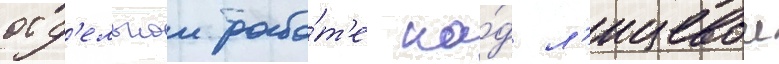
отд'ельнои рабо́т'е на́д л'ицевои